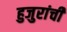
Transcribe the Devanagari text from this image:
हुजुरांची